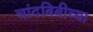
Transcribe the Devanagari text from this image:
चांदबिबीच्या